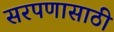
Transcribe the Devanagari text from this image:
सरपणासाठी